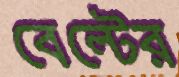
বেল্টের